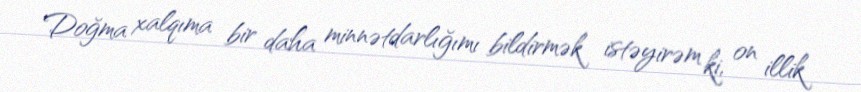
Doğma xalqıma bir daha minnətdarlığımı bildirmək istəyirəm ki, on illik